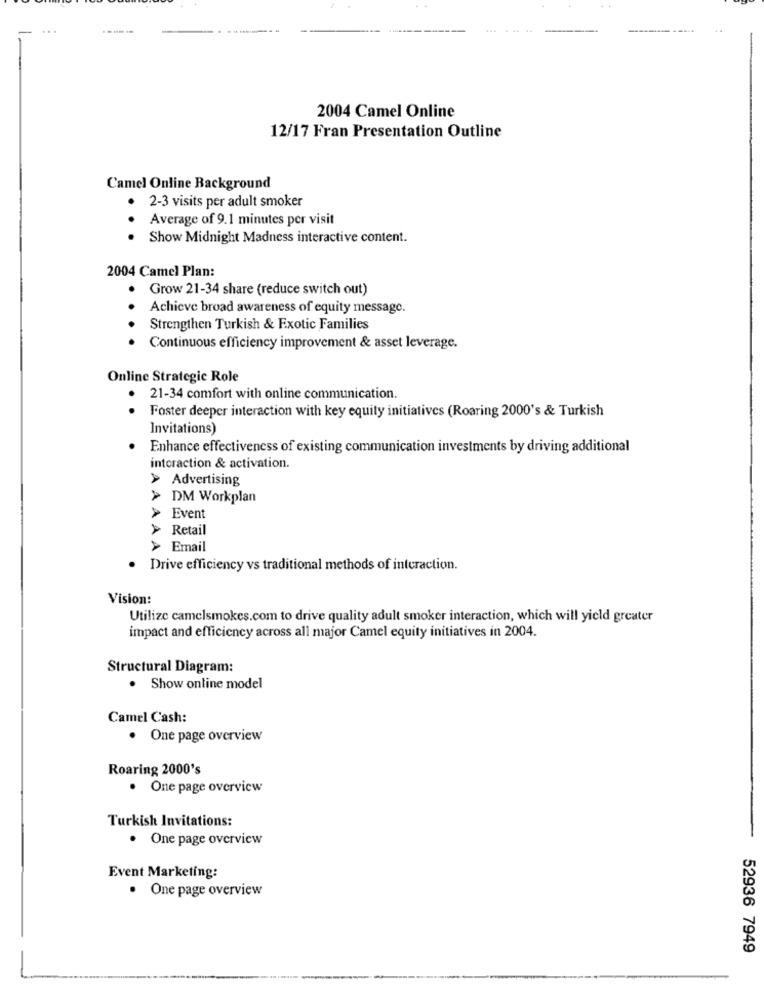
2004 Camel Online
12/17 Fran Presentation Outline
Camel Online Background
· 2-3 visits per adult smoker
Average of 9.1 minutes per visit
Show Midnight Madness interactive content.
2004 Camel Plan:
Grow 21-34 share (reduce switch out)
Achieve broad awareness of equity message.
Strengthen Turkish & Exotic Families
Continuous efficiency improvement & asset leverage.
Online Strategic Role
· 21-34 comfort with online communication.
Foster deeper interaction with key equity initiatives (Roaring 2000's & Turkish
Invitations)
Enhance effectiveness of existing communication investments by driving additional
interaction & activation.
> Advertising
> DM Workplan
> Event
> Retail
> Email
AAAA
· Drive efficiency vs traditional methods of interaction.
Vision:
Utilize camelsmokes.com to drive quality adult smoker interaction, which will yield greater
impact and efficiency across all major Camel equity initiatives in 2004.
Structural Diagram:
. Show online model
Camel Cash:
One page overview
Roaring 2000's
. One page overview
Turkish Invitations:
· One page overview
Event Marketing:
· One page overview
52936 7949